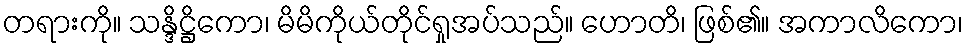
တရားကို။ သန္ဒိဋ္ဌိကော၊ မိမိကိုယ်တိုင်ရှုအပ်သည်။ ဟောတိ၊ ဖြစ်၏။ အကာလိကော၊